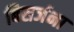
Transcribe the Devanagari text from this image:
बिसर्जना